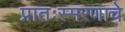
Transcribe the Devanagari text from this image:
प्रातःस्मरणाचे